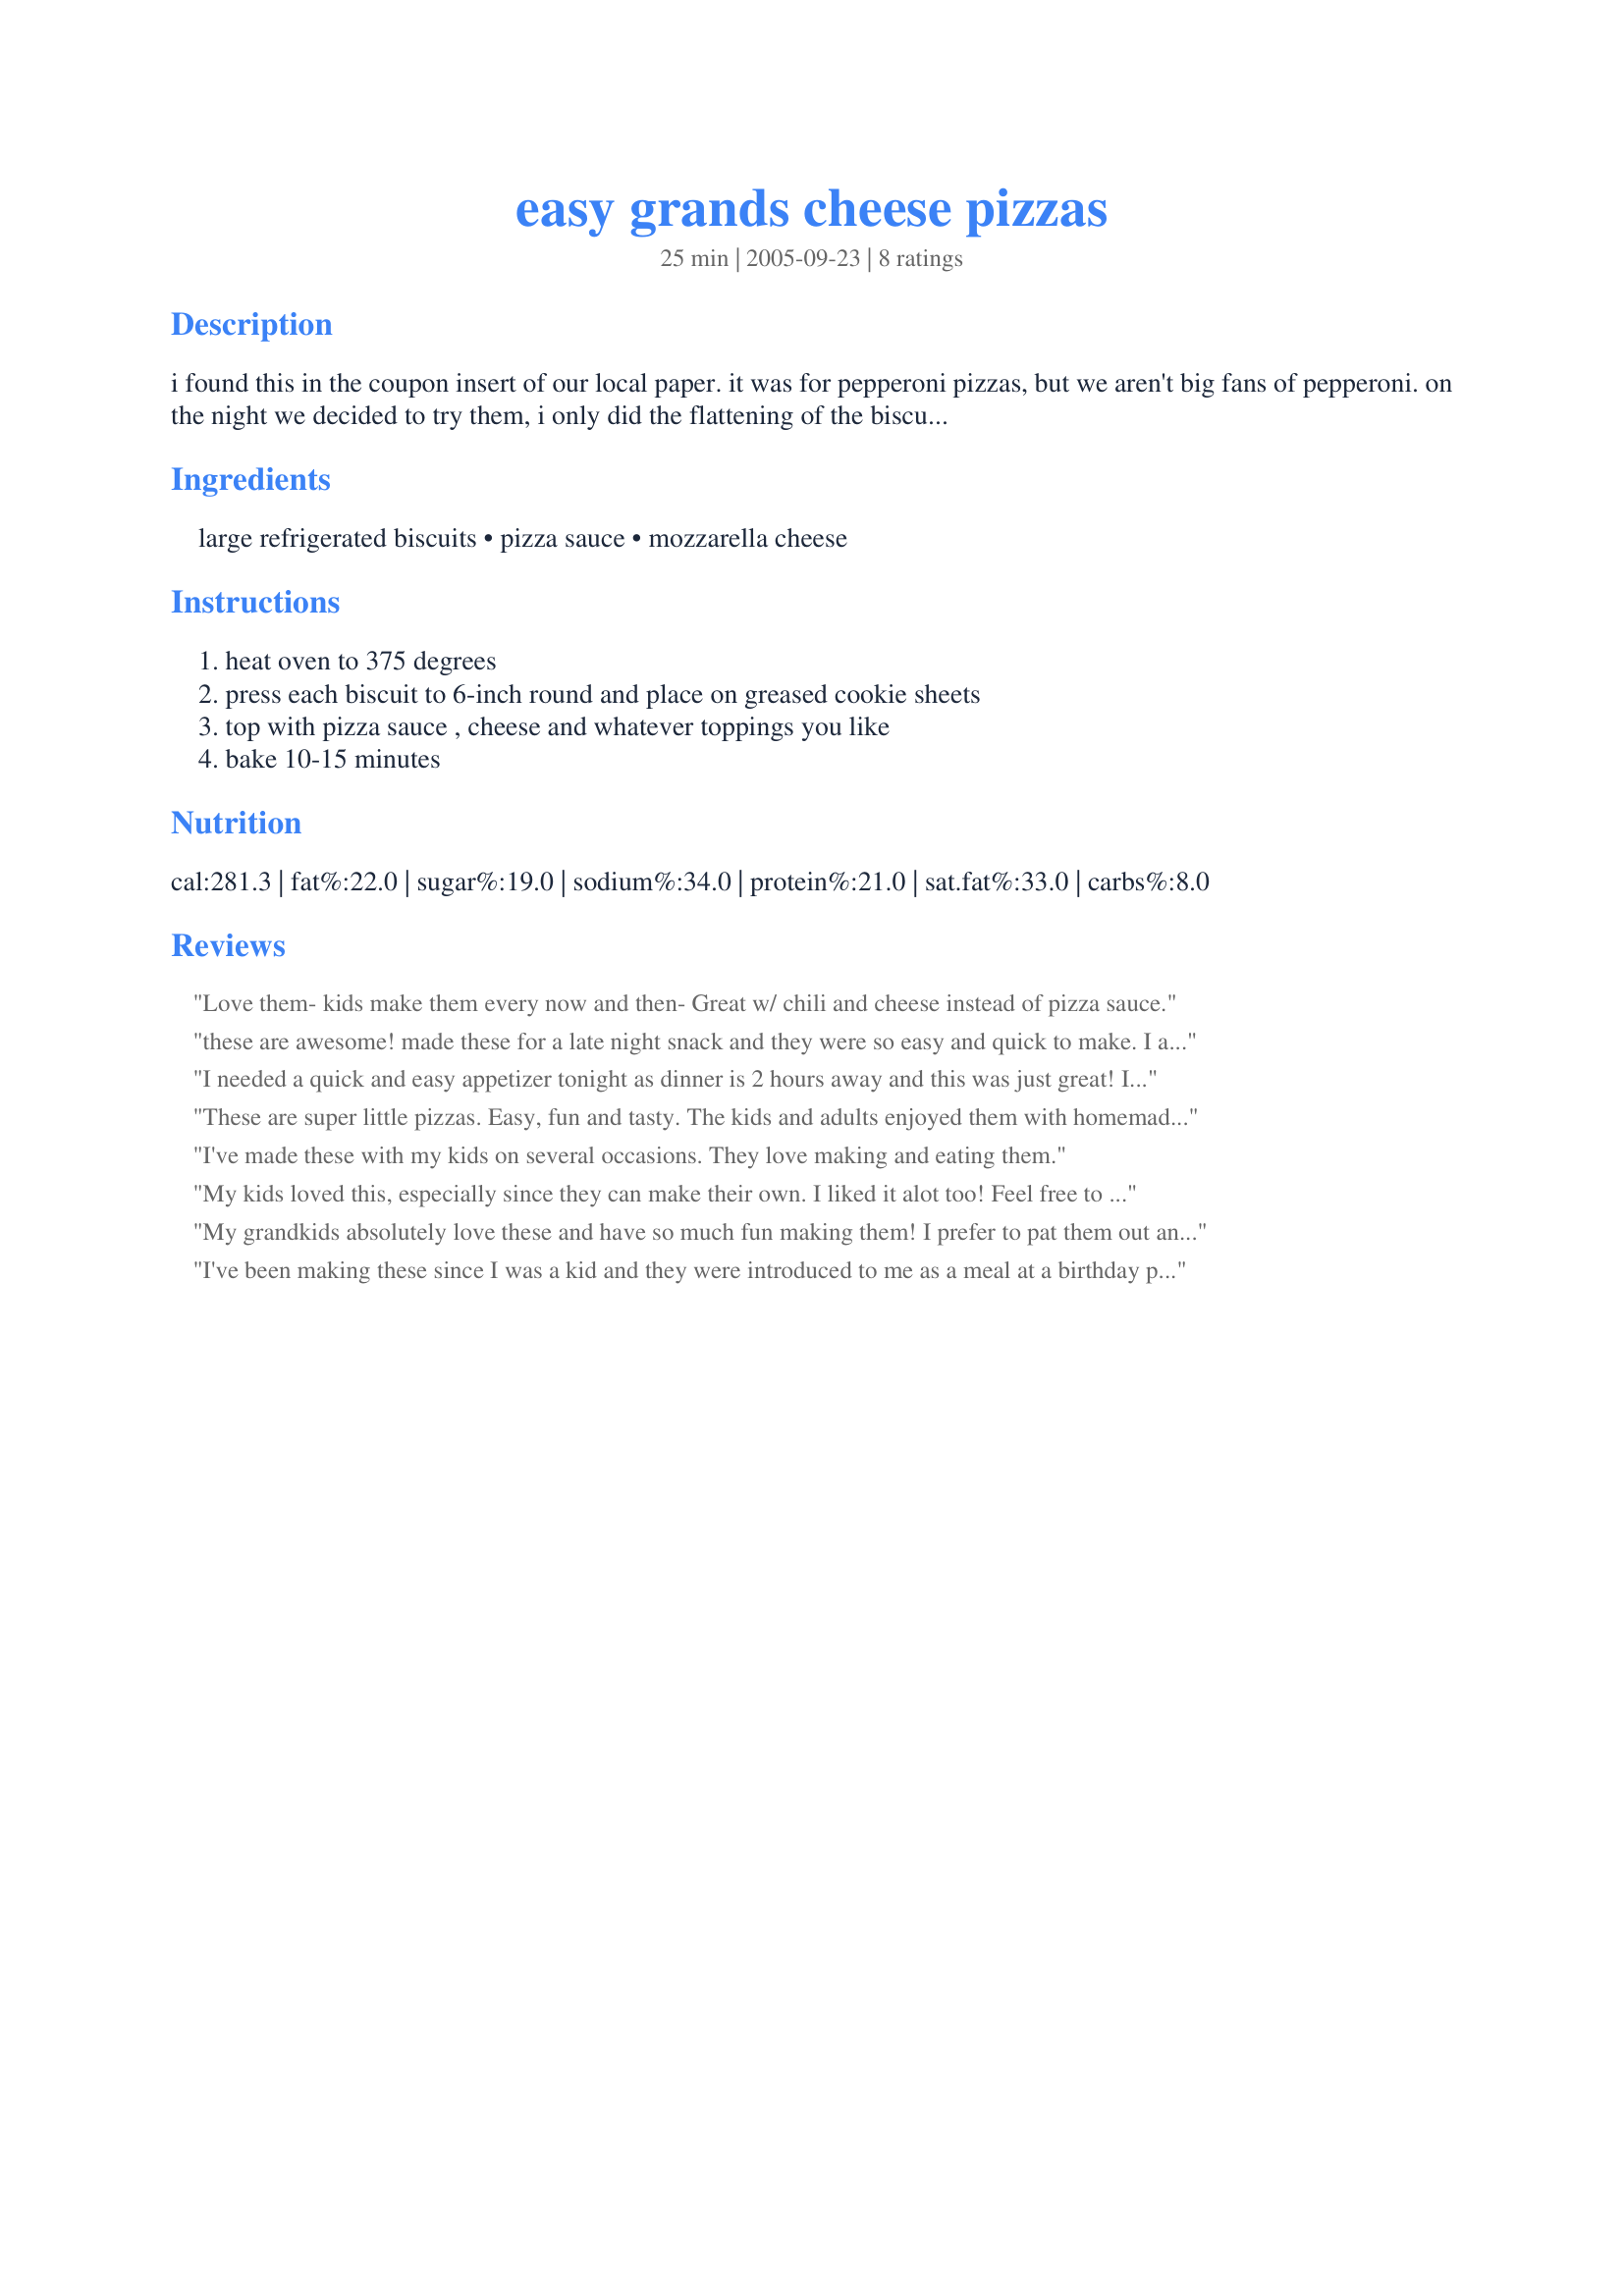
easy grands cheese pizzas
Preparation time: 25 minutes

i found this in the coupon insert of our local paper. it was for pepperoni pizzas, but we aren't big fans of pepperoni. on the night we decided to try them, i only did the flattening of the biscuits...my three-year-old son (who is a cheese pizza-a-holic) put on the sauce and cheese (we made
ours with no pepperoni). he gobbled a couple up, and ate another one later as a snack. he was so proud of himself and i was proud of him! i am sure you could use whatever toppings you would like. we only went through one small can of pizza sauce and about 2 cups of cheese, but yours may depend on how many you make or how much you like sauce and cheese. the recipe below is cheese only...add whatever suits your fancy!

Ingredients:
large refrigerated biscuits, pizza sauce, mozzarella cheese

Steps:
heat oven to 375 degrees, press each biscuit to 6-inch round and place on greased cookie sheets, top with pizza sauce , cheese and whatever toppings you like, bake 10-15 minutes

Reviews:
Love them- kids make them every now and then- Great w/ chili and cheese instead of pizza sauce.
these are awesome! made these for a late night snack and they were so easy and quick to make. I added 2 slices of pepperoni to each. will be making them again and again! thank you so much for a kepper!!
I needed a quick and easy appetizer tonight as dinner is 2 hours away and this was just great! I used monterey jack cheese and a little pepperoni I had on hand and garnished with some italian flat leaf parsley. I'm going to save this in my 'college cookbook' as well for my college-student daughter to be able to use this year, her first year in an apartment! Pam
These are super little pizzas. Easy, fun and tasty. The kids and adults enjoyed them with homemade sauce and high quality cheese. The biscuits made a nice crust. Thanks for posting Carolyn2003. Enjoy! ChefDLH
I've made these with my kids on several occasions. They love making and eating them.
My kids loved this, especially since they can make their own. I liked it alot too! Feel free to be liberal with the sauce - the biscuits give you alot of "crust."
My grandkids absolutely love these and have so much fun making them! I prefer to pat them out and pre-cook the biscuit crust for about 10 min. I then put out a variety of ingredients and let each child make their own. I find that even the fussy eaters will add such things as onions and green peppers and actually eat the pizza...there's just something about making your own! We bake them for about 10 min.
I've been making these since I was a kid and they were introduced to me as a meal at a birthday party. Each kid was able to top his/her own pizza just the way they liked it. As I got older, I started pressing the seams of the biscuits together and making one large pizza out of them. Not a gourmet meal by any means, but a great comfort food.
